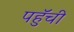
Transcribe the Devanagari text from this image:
पहुॅची